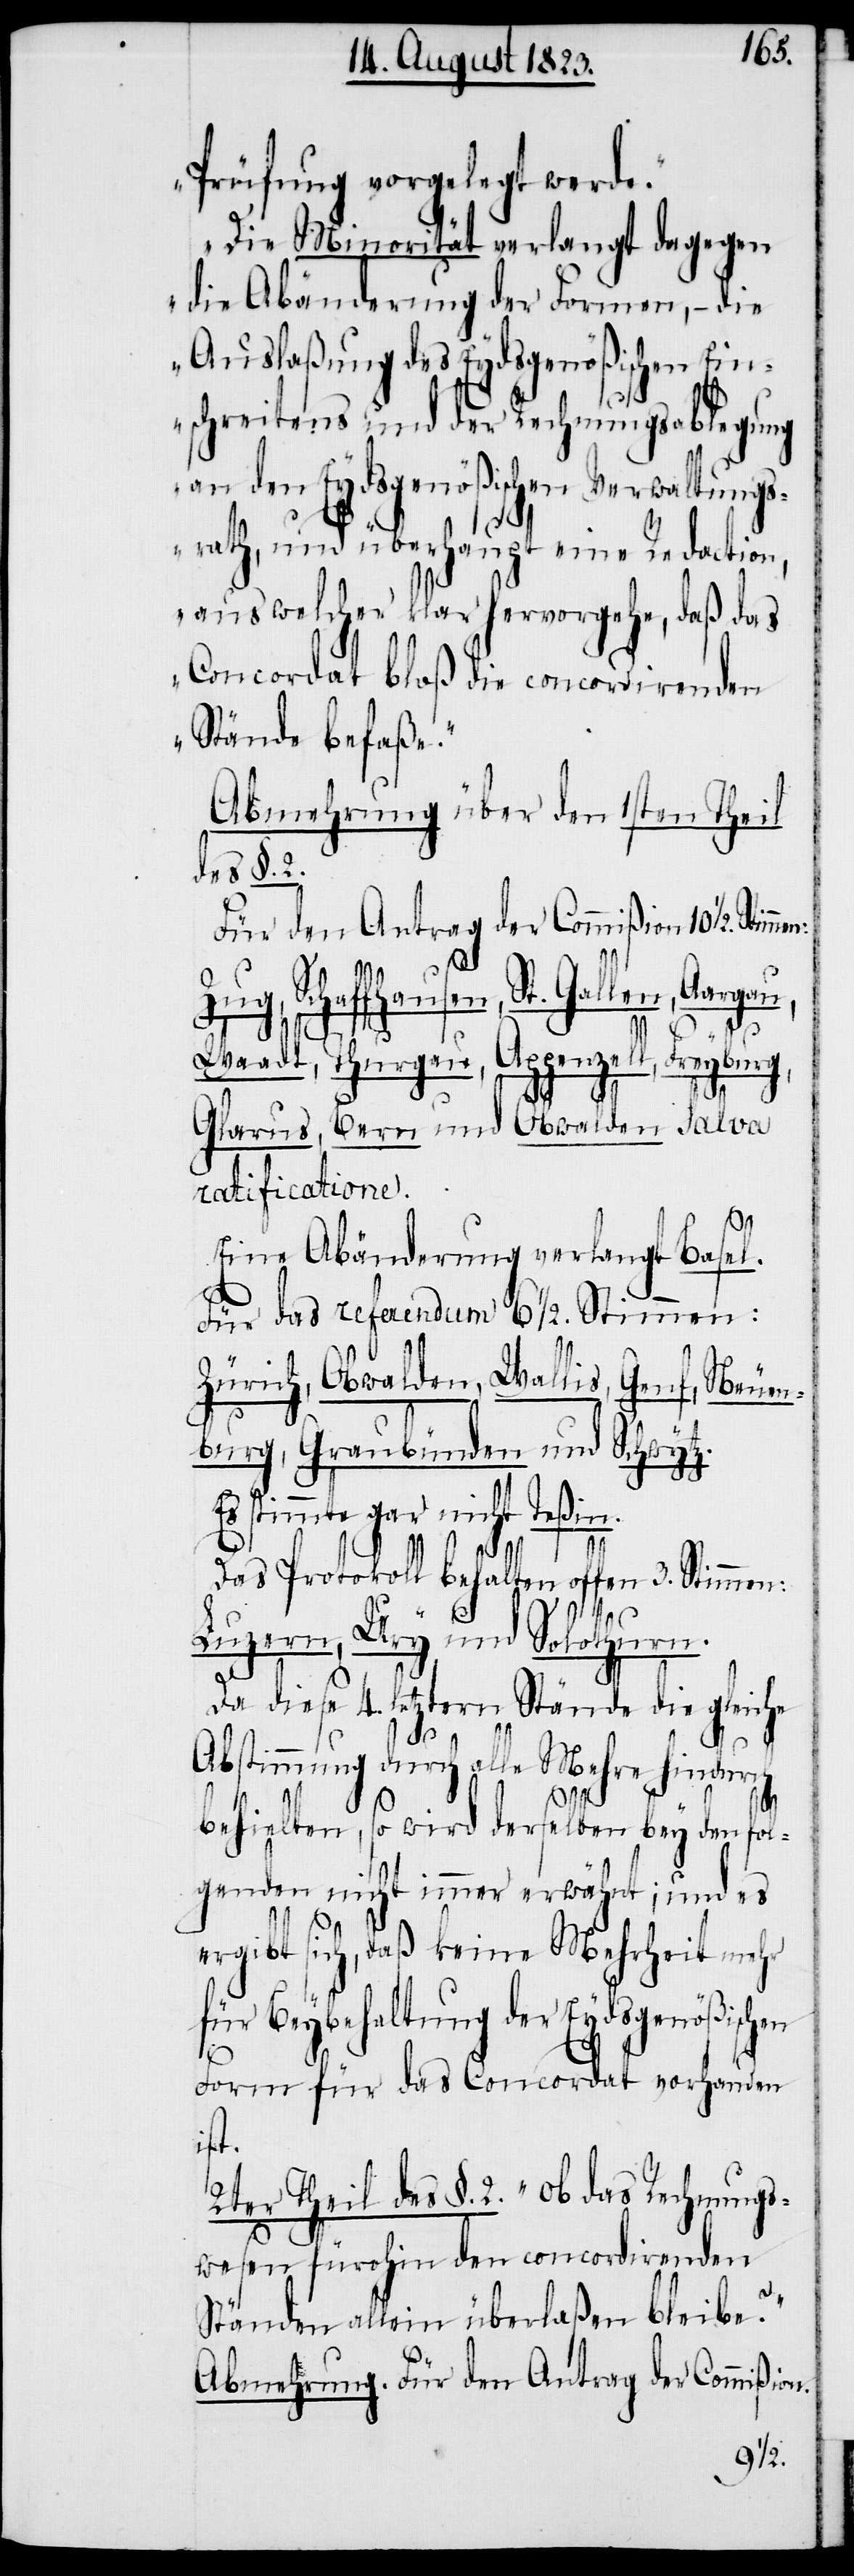
Prüfung vorgelegt werde.“
„Die Minorität verlangt dagegen
die Abänderung der Formen, − die
Auslaßung des Eydsgenößischen Ein¬
schreitens und der Rechnungsablegung
an den Eydsgenößischen Verwaltungs¬
rath, und überhaupt eine Redaction,
aus welcher klar hervorgehe, daß das
Concordat bloß die concordirenden
Stände befaße.“
Abmehrung über den 1sten Theil
des §. 2.
Für den Antrag der Commißion 10 ½.
en, St. Gallen, Aargau,
Zug, Schaffha¬
us¬
Waadt, Thurgau, Appenzell, Freyburg,
Glarus, Bern und Obwalden Salva
ratificatione.
Eine Abänderung verlangt Basel.
Für das referendum 6 ½. Stimmen:
Zürich, Obwalden
Wallis, Genf, Neuen¬
burg, Graubünden und Schwytz.
Es stimmte gar nicht Teßin.
Das Protokoll behalten offen 3. Stimmen:
Luzern, Ury und Solothurn.
ch
Da diese 4. letztern Stände die gleiche
bstimmung durch alle Mehre hindur¬
behielten, so wird derselben bey den fol¬
genden nicht immer erwähnt; und es
ergibt sich, daß keine Mehrheit mehr
für Beybehaltung der Eydsgenößischen
Form für das Concordat vorhanden
ist.
2ter Theil des §. 2. „Ob das Rechnungs¬
wesen fürohin den concordirenden
Ständen allein überlaßen bleibe?“
Abmehrung. Für den Antrag der Commißion.